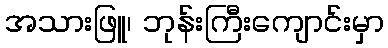
အသားဖြူ၊ ဘုန်းကြီးကျောင်းမှာ